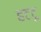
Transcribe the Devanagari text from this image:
हटटू